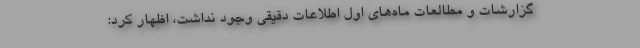
گزارشات و مطالعات ماه‌های اول اطلاعات دقیقی وجود نداشت، اظهار کرد: